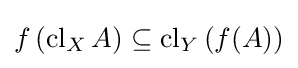
f\left(\operatorname {cl} _{X}A\right)\subseteq \operatorname {cl} _{Y}\left(f(A)\right)